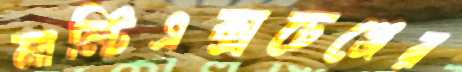
মাল্টিএক্সচেঞ্জের